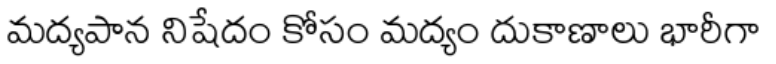
మద్యపాన నిషేదం కోసం మద్యం దుకాణాలు భారీగా